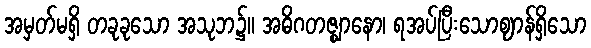
အမှတ်မရှိ တခုခုသော အသုဘ၌။ အဓိဂတဇ္ဈာနော၊ ရအပ်ပြီးသောဈာန်ရှိသော